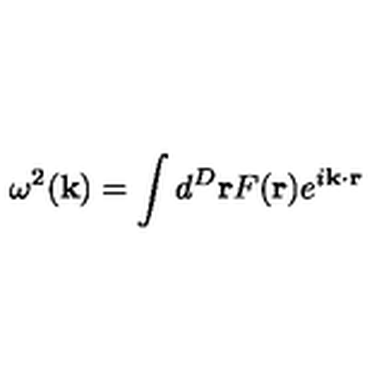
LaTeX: \omega ^ { 2 } ( { \bf k } ) = \int d ^ { D } { \bf r } F ( { \bf r } ) e ^ { i { \bf k } \cdot { \bf r } }